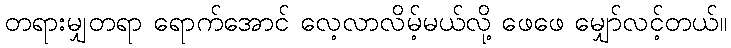
တရားမျှတရာ ရောက်အောင် လေ့လာလိမ့်မယ်လို့ ဖေဖေ မျှော်လင့်တယ်။